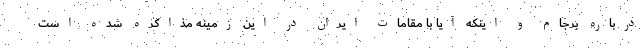
درباره برجام و اینکه آیا با مقامات ایران در این زمینه مذاکره شده است